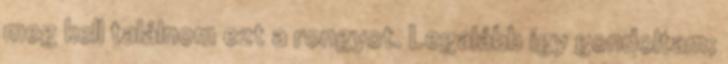
meg kell találnom ezt a rongyot. Legalább így gondoltam;